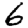
Digit: 6